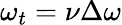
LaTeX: \omega_{t}=\nu\Delta\omega